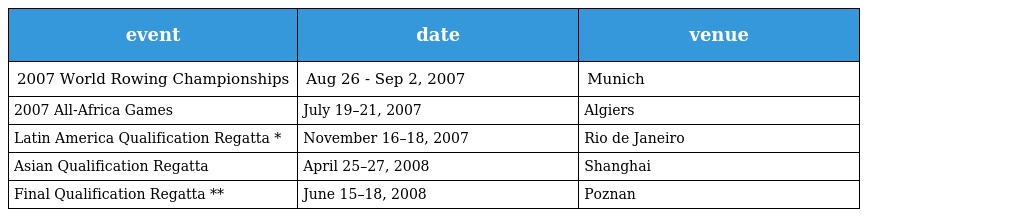
| event | date | venue |
 | --- | --- | --- |
 | 2007 World Rowing Championships | Aug 26 - Sep 2, 2007 | Munich |
 | 2007 All-Africa Games | July 19–21, 2007 | Algiers |
 | Latin America Qualification Regatta * | November 16–18, 2007 | Rio de Janeiro |
 | Asian Qualification Regatta | April 25–27, 2008 | Shanghai |
 | Final Qualification Regatta ** | June 15–18, 2008 | Poznan |